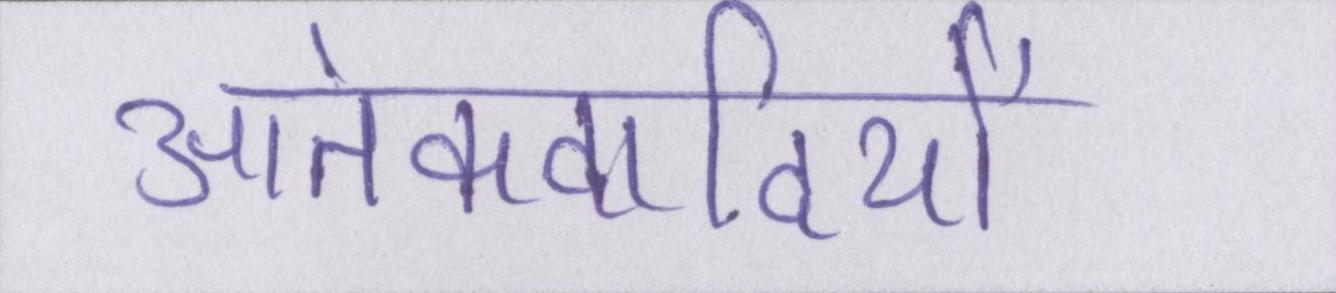
आतंकवादियों